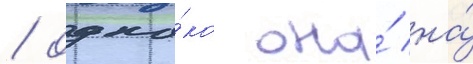
/ одна́ко она́ на́